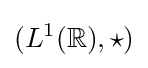
(L^{1}(\mathbb {R} ),\star )